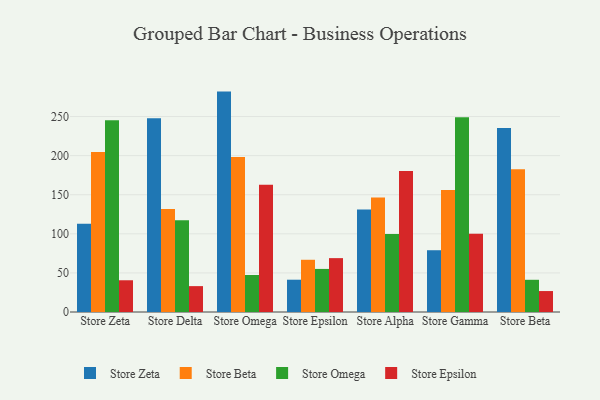
{"axis": {"x": "Store", "y": "Latency (ms)"}, "legend": ["Store Beta", "Store Epsilon", "Store Omega", "Store Zeta"], "data": [{"x": "Store Zeta", "y": 112.8, "type": "Store Zeta"}, {"x": "Store Zeta", "y": 204.6, "type": "Store Beta"}, {"x": "Store Zeta", "y": 245.3, "type": "Store Omega"}, {"x": "Store Zeta", "y": 40.6, "type": "Store Epsilon"}, {"x": "Store Delta", "y": 247.8, "type": "Store Zeta"}, {"x": "Store Delta", "y": 131.7, "type": "Store Beta"}, {"x": "Store Delta", "y": 117.2, "type": "Store Omega"}, {"x": "Store Delta", "y": 33.1, "type": "Store Epsilon"}, {"x": "Store Omega", "y": 281.9, "type": "Store Zeta"}, {"x": "Store Omega", "y": 198.1, "type": "Store Beta"}, {"x": "Store Omega", "y": 47.3, "type": "Store Omega"}, {"x": "Store Omega", "y": 162.9, "type": "Store Epsilon"}, {"x": "Store Epsilon", "y": 41.3, "type": "Store Zeta"}, {"x": "Store Epsilon", "y": 66.8, "type": "Store Beta"}, {"x": "Store Epsilon", "y": 55.1, "type": "Store Omega"}, {"x": "Store Epsilon", "y": 68.9, "type": "Store Epsilon"}, {"x": "Store Alpha", "y": 131.2, "type": "Store Zeta"}, {"x": "Store Alpha", "y": 146.4, "type": "Store Beta"}, {"x": "Store Alpha", "y": 99.7, "type": "Store Omega"}, {"x": "Store Alpha", "y": 180.3, "type": "Store Epsilon"}, {"x": "Store Gamma", "y": 79.0, "type": "Store Zeta"}, {"x": "Store Gamma", "y": 155.9, "type": "Store Beta"}, {"x": "Store Gamma", "y": 249.1, "type": "Store Omega"}, {"x": "Store Gamma", "y": 100.2, "type": "Store Epsilon"}, {"x": "Store Beta", "y": 235.4, "type": "Store Zeta"}, {"x": "Store Beta", "y": 182.7, "type": "Store Beta"}, {"x": "Store Beta", "y": 41.2, "type": "Store Omega"}, {"x": "Store Beta", "y": 26.8, "type": "Store Epsilon"}]}